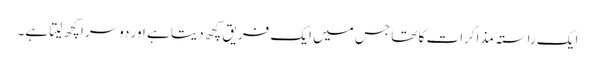
ایک راستہ مذاکرات کا تھا جس میں ایک فریق کچھ دیتا ہے اور دوسرا کچھ لیتا ہے۔